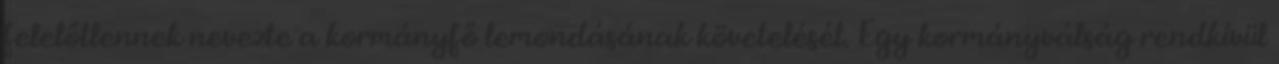
felelőtlennek nevezte a kormányfő lemondásának követelését. Egy kormányválság rendkívül